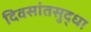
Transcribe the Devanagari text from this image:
दिवसांतसुद्धा